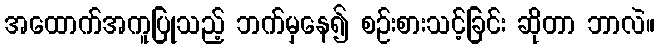
အထောက်အကူပြုသည့် ဘက်မှနေ၍ စဉ်းစားသင့်ခြင်း ဆိုတာ ဘာလဲ။